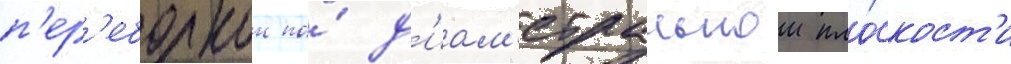
п'ер'еборкои по́ д'иам'етральнои пло́скост'и